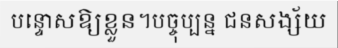
បន្ទោសឱ្យខ្លួន។បច្ចុប្បន្ន ជនសង្ស័យ